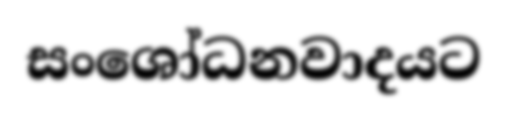
සංශෝධනවාදයට